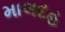
માલદહ